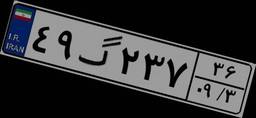
۴۹گ۲۳۷۳۶